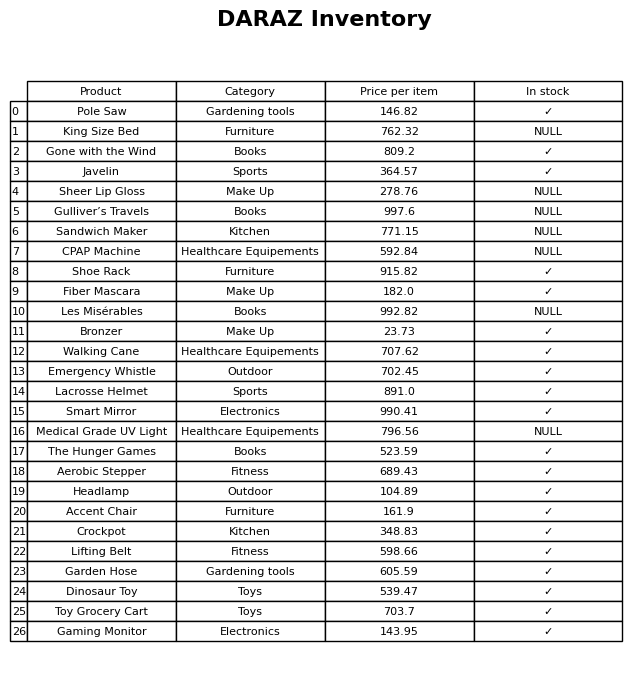
question: Which products are available in stock?
answer: Pole Saw, Gone with the Wind, Javelin, Shoe Rack, Fiber Mascara, Bronzer, Walking Cane, Emergency Whistle, Lacrosse Helmet, Smart Mirror, The Hunger Games, Aerobic Stepper, Headlamp, Accent Chair, Crockpot, Lifting Belt, Garden Hose, Dinosaur Toy, Toy Grocery Cart, Gaming Monitor